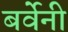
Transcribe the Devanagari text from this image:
बर्वेनी